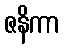
ဇနိကာ